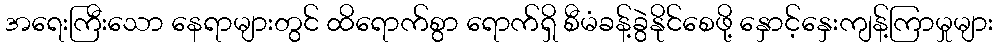
အရေးကြီးသော နေရာများတွင် ထိရောက်စွာ ရောက်ရှိ စီမံခန့်ခွဲနိုင်စေဖို့ နှောင့်နှေးကျန့်ကြာမှုများ